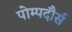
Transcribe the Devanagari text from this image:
पोम्पदौर्स